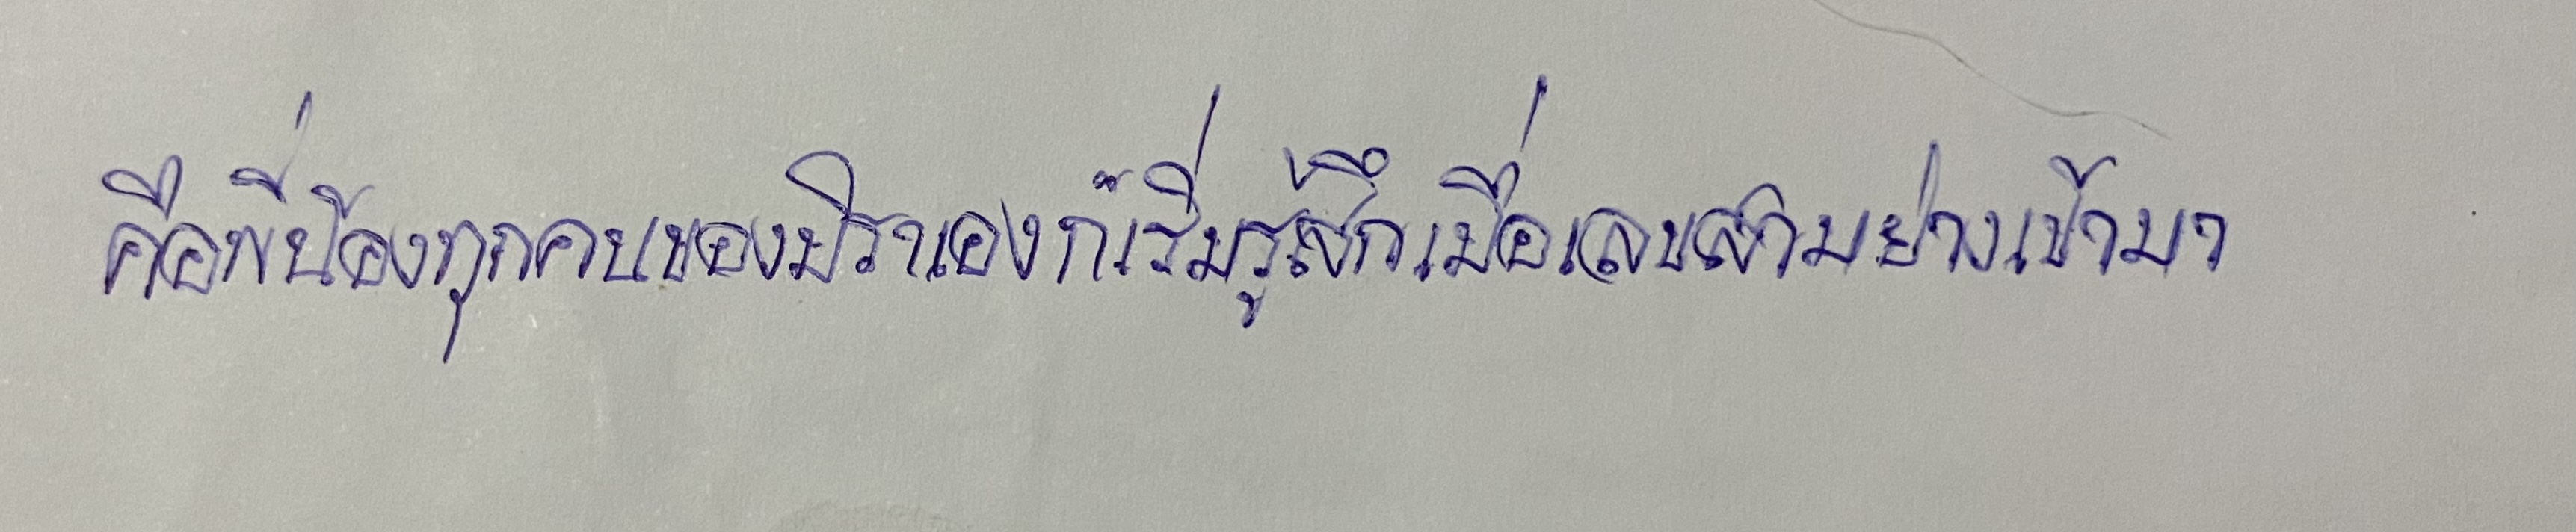
คือพี่น้องทุกคนของมิราเองก็เริ่มรู้สึกเมื่อเลขสามย่างเข้ามา